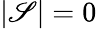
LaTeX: |\mathscr{S}|=0